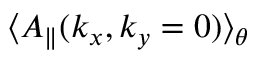
\langle A _ { \parallel } ( k _ { x } , k _ { y } = 0 ) \rangle _ { \theta }